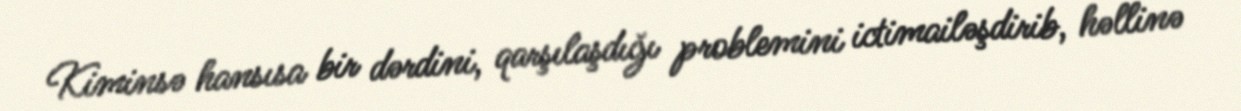
Kiminsə hansısa bir dərdini, qarşılaşdığı problemini ictimailəşdirib, həllinə